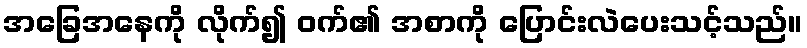
အခြေအနေကို လိုက်၍ ဝက်၏ အစာကို ပြောင်းလဲပေးသင့်သည်။